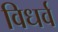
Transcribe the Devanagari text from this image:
विधर्व